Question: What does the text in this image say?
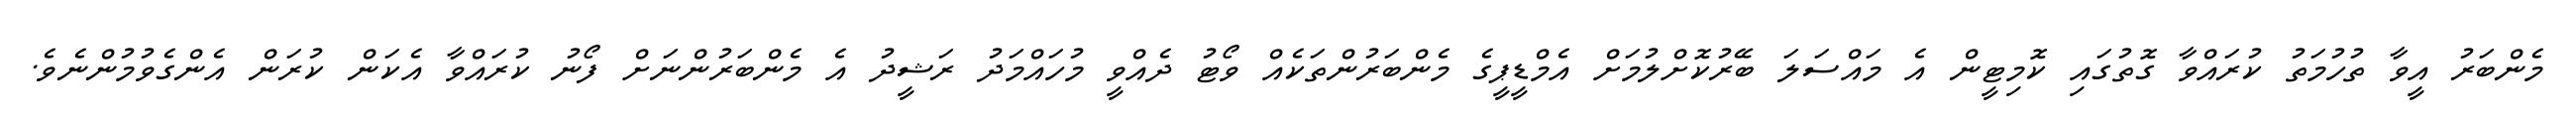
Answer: މެންބަރު އީވާ ތުހުމަތު ކުރައްވާ ގޮތުގައި ކޮމިޓީން އެ މައްސަލަ ބޭރުކޮށްލުމަށް އެމްޑީޕީގެ މެންބަރުންތަކެއް ވޯޓު ދެއްވީ މުހައްމަދު ރަޝީދު އެ މެންބަރުންނަށް ފޯނު ކުރައްވާ އެކަން ކުރަން އެންގެވުމުންނެވެ.